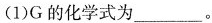
(1)G的化学式为___。